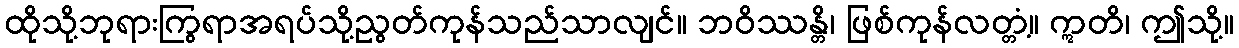
ထိုသို့ဘုရားကြွရာအရပ်သို့ညွတ်ကုန်သည်သာလျင်။ ဘဝိဿန္တိ၊ ဖြစ်ကုန်လတ္တံ့။ ဣတိ၊ ဤသို့။